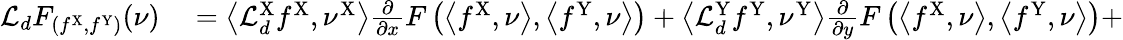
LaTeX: \begin{array}{rl}{\mathcal{L}_{d}F_{(f^{\mathrm{X}},f^{\mathrm{Y}})}(\nu)}&{{}=\left\langle\mathcal{L}_{d}^{\mathrm{X}}f^{\mathrm{X}},\nu^{\mathrm{X}}\right\rangle\frac{\partial}{\partial x}F\left(\left\langle f^{\mathrm{X}},\nu\right\rangle,\left\langle f^{\mathrm{Y}},\nu\right\rangle\right)+\left\langle\mathcal{L}_{d}^{\mathrm{Y}}f^{\mathrm{Y}},\nu^{\mathrm{Y}}\right\rangle\frac{\partial}{\partial y}F\left(\left\langle f^{\mathrm{X}},\nu\right\rangle,\left\langle f^{\mathrm{Y}},\nu\right\rangle\right)+}\end{array}